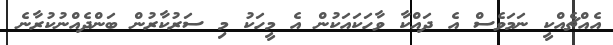
އެއްޗެއްކީ ނަމަވެސް އެ ދައްކާ ވާހަކައަކުން އެ މީހަކު މި ސަރުކާރުން ބަންދެއްނުކުރާނެ